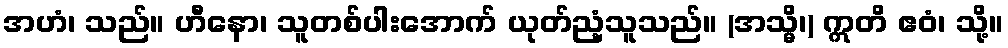
အဟံ၊ သည်။ ဟီနော၊ သူတစ်ပါးအောက် ယုတ်ညံ့သူသည်။ (အသ္မိ၊) ဣတိ ဧဝံ၊ သို့။